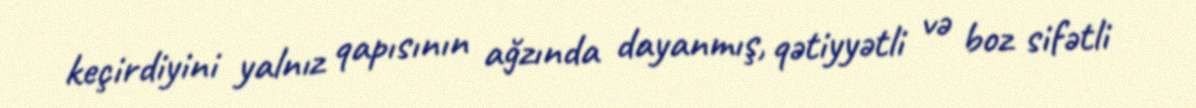
keçirdiyini yalnız qapısının ağzında dayanmış, qətiyyətli və boz sifətli